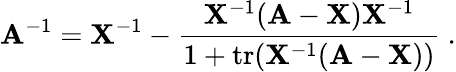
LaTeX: \mathbf{A}^{-1}=\mathbf{X}^{-1}-{\frac{\mathbf{X}^{-1}(\mathbf{A}-\mathbf{X})\mathbf{X}^{-1}}{1+\operatorname{tr}(\mathbf{X}^{-1}(\mathbf{A}-\mathbf{X}))}}~.